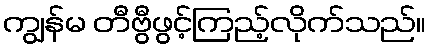
ကျွန်မ တီဗွီဖွင့်ကြည့်လိုက်သည်။